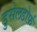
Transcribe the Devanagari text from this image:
डुसेलडोर्फ़